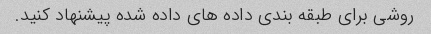
روشی برای طبقه بندی داده های داده شده پیشنهاد کنید.